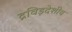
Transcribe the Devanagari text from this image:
द्रविड़देशीय